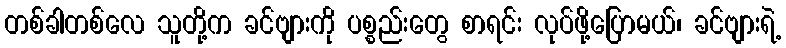
တစ်ခါတစ်လေ သူတို့က ခင်ဗျားကို ပစ္စည်းတွေ စာရင်း လုပ်ဖို့ပြောမယ်၊ ခင်ဗျားရဲ့